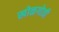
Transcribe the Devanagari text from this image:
खोळगोत्री